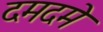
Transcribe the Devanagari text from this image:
दमदमे